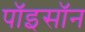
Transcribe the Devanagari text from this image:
पॉइसॉन